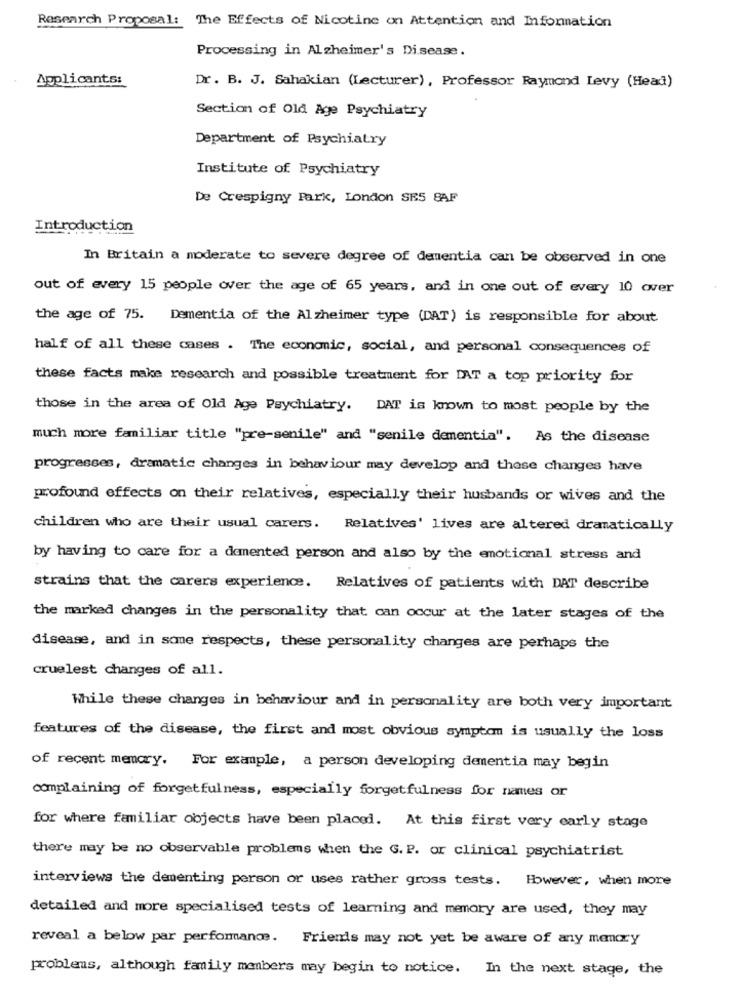
Research Proposal: The Effects of Nicotine on Attention and Information
Processing in Alzheimer's Disease.
Applicants:
Dr. B. J. Sahakian (Lecturer), Professor Raymond Levy (Head)
Section of Old Age Psychiatry
Department of Psychiatry
Institute of Psychiatry
De Crespigny Park, London SE5 8AF
Introduction
In Britain a moderate to severe degree of dementia can be observed in one
out of every 15 people over the age of 65 years, and in one out of every 10 over
the age of 75. Dementia of the Alzheimer type (DAT) is responsible for about
half of all these cases . The economic, social, and personal consequences of
these facts make research and possible treatment for DAT a top priority for
those in the area of Old Age Psychiatry. DAT is known to most people by the
much more familiar title "pre-senile" and "senile dementia". As the disease
progresses, dramatic changes in behaviour may develop and these changes have
profound effects on their relatives, especially their husbands or wives and the
children who are their usual carers. Relatives' lives are altered dramatically
by having to care for a dammented person and also by the emotional stress and
strains that the carers experience. Relatives of patients with DAT describe
the marked changes in the personality that can occur at the later stages of the
disease, and in some respects, these personality changes are perhaps the
cruelest changes of all.
While these changes in behaviour and in personality are both very important
features of the disease, the first and most obvious symptom is usually the loss
of recent memory. For example, a person developing dementia may begin
complaining of forgetfulness, especially forgetfulness for names or
for where familiar objects have been placed. At this first very early stage
there may be no observable problems when the G. P. or clinical psychiatrist
interviews the dementing person or uses rather gross tests. However, when more
detailed and more specialised tests of learning and memory are used, they may
reveal a below par performance. Friends may not yet be aware of any memory
problems, although family members may begin to notice. In the next stage, the